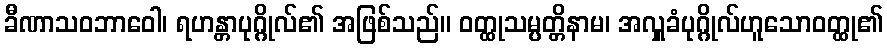
ခီဏာသဝဘာဝေါ၊ ရဟန္တာပုဂ္ဂိုလ်၏ အဖြစ်သည်။ ဝတ္ထုသမ္ပတ္တိနာမ၊ အလှူခံပုဂ္ဂိုလ်ဟူသောဝတ္ထု၏